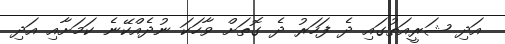
އަދި ޝަރީއަތުގައި ދެ ފަހަރު ދެ ގޮތަށް ވާހަކަ ނުދެއްކޭނެ ކަމަށާއި އަދި